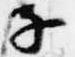
子